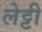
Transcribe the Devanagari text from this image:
लेट्टी